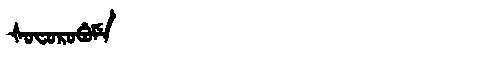
Manchu: ᡧᠣᠸᠣᡵᠣᠪᡠᠮᡝ
Romanization: ŠOFOROBUME